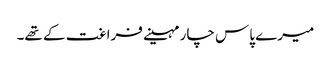
میرے پاس چار مہینے فراغت کے تھے۔